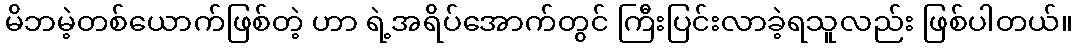
မိဘမဲ့တစ်ယောက်ဖြစ်တဲ့ ဟာ ရဲ့အရိပ်အောက်တွင် ကြီးပြင်းလာခဲ့ရသူလည်း ဖြစ်ပါတယ်။